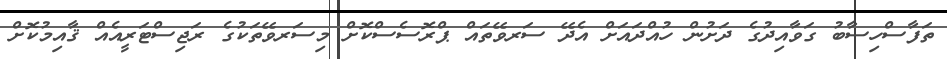
ތަފާސްހިސާބު ގަވާއިދުގެ ދަށުން ހުއްދައަށް އެދޭ ސަރވޭތައް ޕްރޮސެސްކޮށް މިސަރވޭތަކުގެ ރަޖިސްޓަރީއެއް ޤާއިމުކޮށް